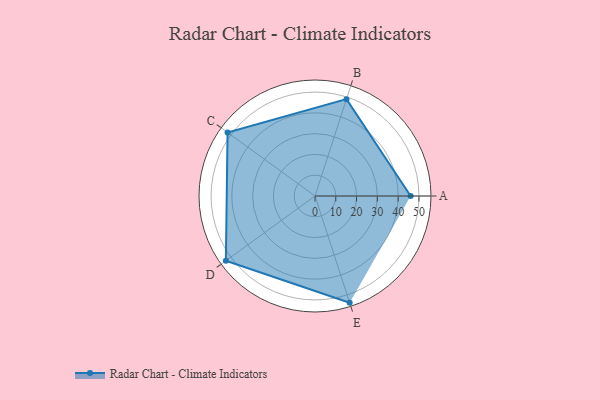
{"axis": {"x": "Skill", "y": "Score"}, "legend": ["Profile"], "data": [{"x": "A", "y": 46.0, "type": "Profile"}, {"x": "B", "y": 49.0, "type": "Profile"}, {"x": "C", "y": 52.0, "type": "Profile"}, {"x": "D", "y": 53.0, "type": "Profile"}, {"x": "E", "y": 54.0, "type": "Profile"}]}